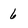
Character: 6